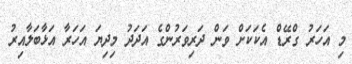
މި އަހަރު ގްރޭޑް އެކަކަށް ވަން ދަރިވަރުންގެ އަދަދު މިދިޔަ އަހަރާ އަޅާބަލާއިރު